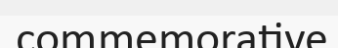
commemorative